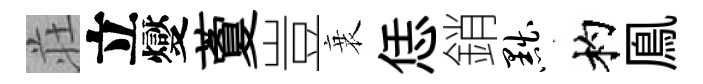
荘立燮藑豈衰恁銷黜杓鳯